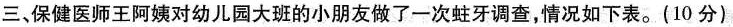
三、保健医师王阿姨对幼儿园大班的小朋友做了一次蛀牙调查，情况如下表。(10分)